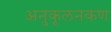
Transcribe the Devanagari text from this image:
अनुकूलनकण